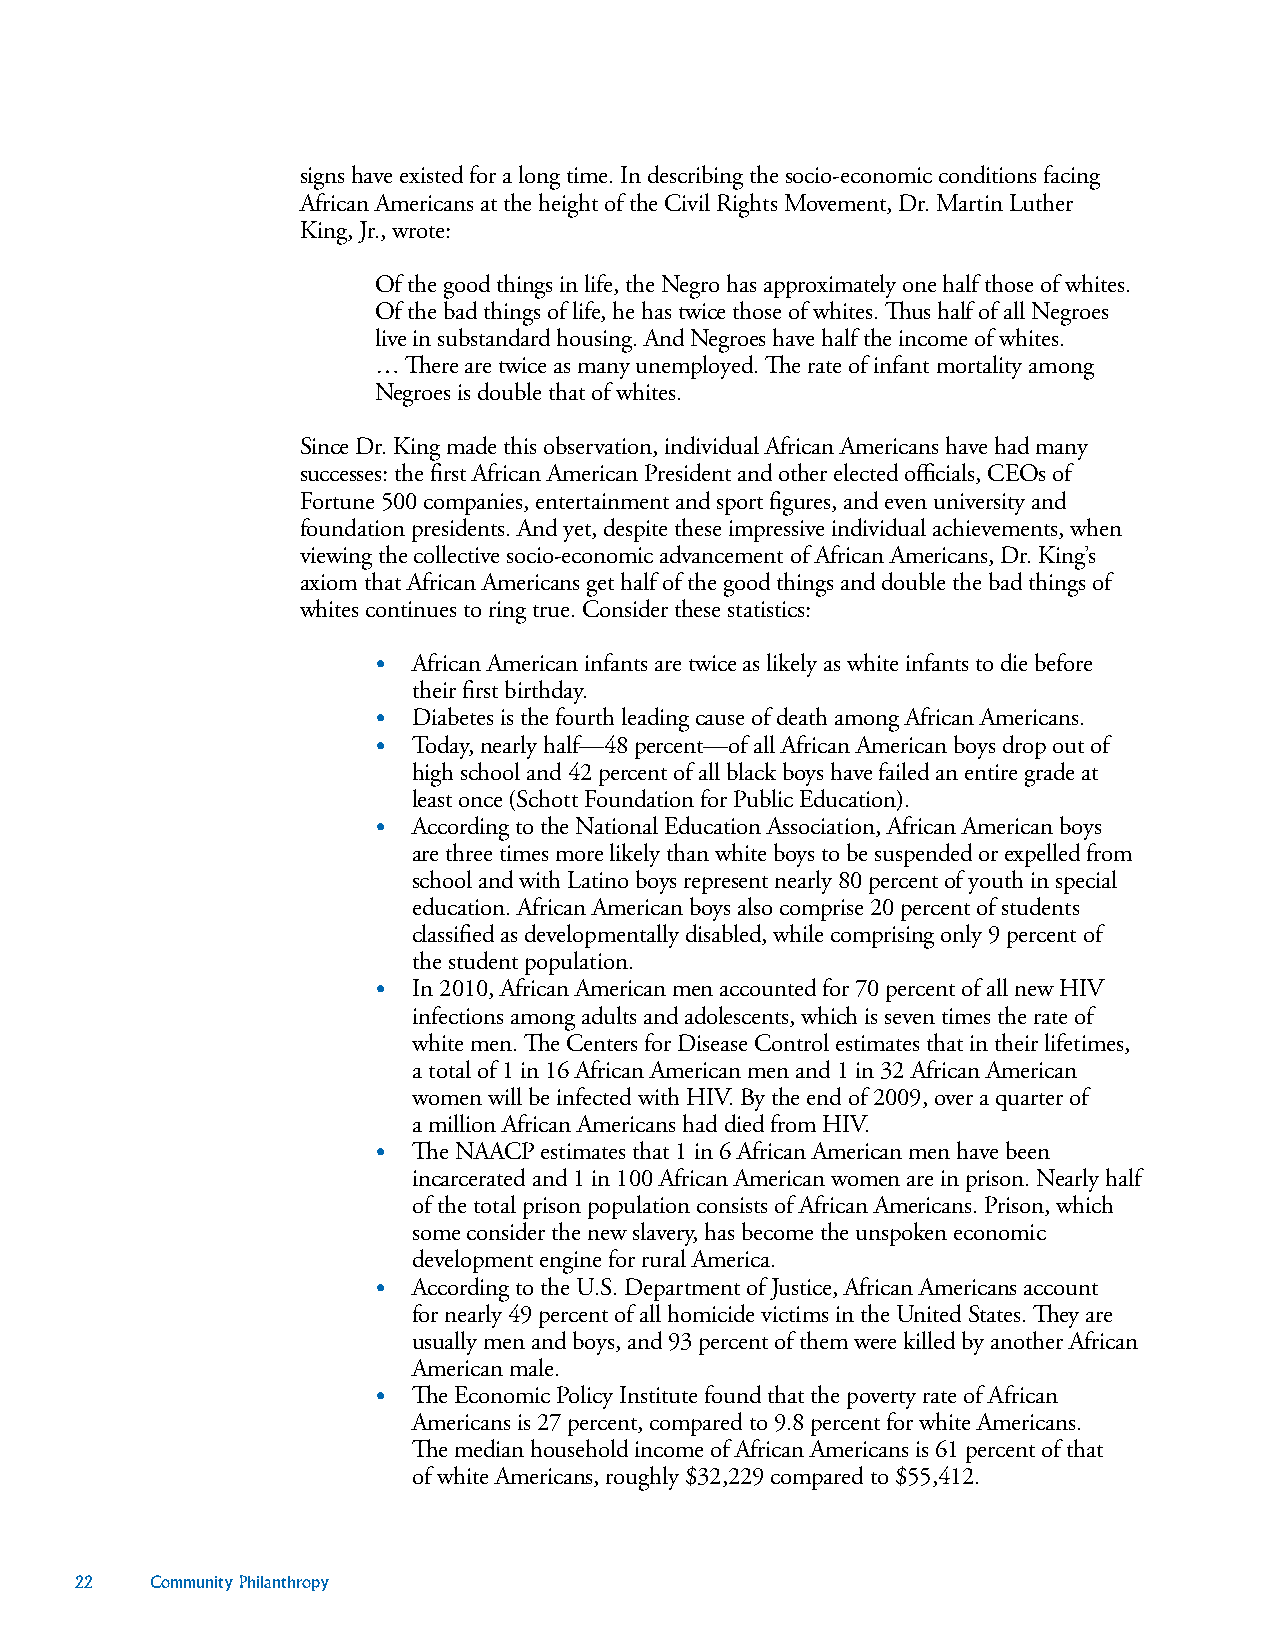
signs have existed for a long time. In describing the socio-economic conditions facing
 African Americans at the height of the Civil Rights Movement, Dr. Martin Luther
 King, Jr., wrote:
 Of the good things in life, the Negro has approximately one half those of whites.
 Of the bad things of life, he has twice those of whites. Thus half of all Negroes
 live in substandard housing. And Negroes have half the income of whites.
 … There are twice as many unemployed. The rate of infant mortality among
 Negroes is double that of whites.
 Since Dr. King made this observation, individual African Americans have had many
 successes: the first African American President and other elected officials, CEOs of
 Fortune 500 companies, entertainment and sport figures, and even university and
 foundation presidents. And yet, despite these impressive individual achievements, when
 viewing the collective socio-economic advancement of African Americans, Dr. King’s
 axiom that African Americans get half of the good things and double the bad things of
 whites continues to ring true. Consider these statistics:
 • African American infants are twice as likely as white infants to die before
 their first birthday.
 • Diabetes is the fourth leading cause of death among African Americans.
 • Today, nearly half—48 percent—of all African American boys drop out of
 high school and 42 percent of all black boys have failed an entire grade at
 least once (Schott Foundation for Public Education).
 • According to the National Education Association, African American boys
 are three times more likely than white boys to be suspended or expelled from
 school and with Latino boys represent nearly 80 percent of youth in special
 education. African American boys also comprise 20 percent of students
 classified as developmentally disabled, while comprising only 9 percent of
 the student population.
 • In 2010, African American men accounted for 70 percent of all new HIV
 infections among adults and adolescents, which is seven times the rate of
 white men. The Centers for Disease Control estimates that in their lifetimes,
 a total of 1 in 16 African American men and 1 in 32 African American
 women will be infected with HIV. By the end of 2009, over a quarter of
 a million African Americans had died from HIV.
 • The NAACP estimates that 1 in 6 African American men have been
 incarcerated and 1 in 100 African American women are in prison. Nearly half
 of the total prison population consists of African Americans. Prison, which
 some consider the new slavery, has become the unspoken economic
 development engine for rural America.
 • According to the U.S. Department of Justice, African Americans account
 for nearly 49 percent of all homicide victims in the United States. They are
 usually men and boys, and 93 percent of them were killed by another African
 American male.
 • The Economic Policy Institute found that the poverty rate of African
 Americans is 27 percent, compared to 9.8 percent for white Americans.
 The median household income of African Americans is 61 percent of that
 of white Americans, roughly $32,229 compared to $55,412.
 22   Community Philanthropy